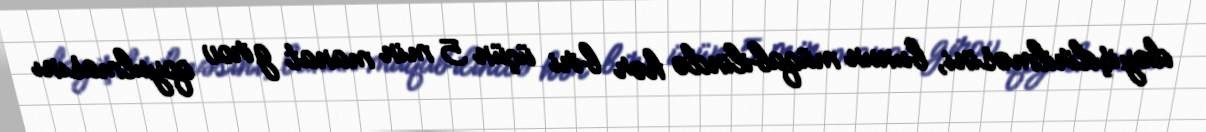
dəyişdirilməsini, bunun müqabilində hər biri üçün 5 min manat girov qoyulmasını